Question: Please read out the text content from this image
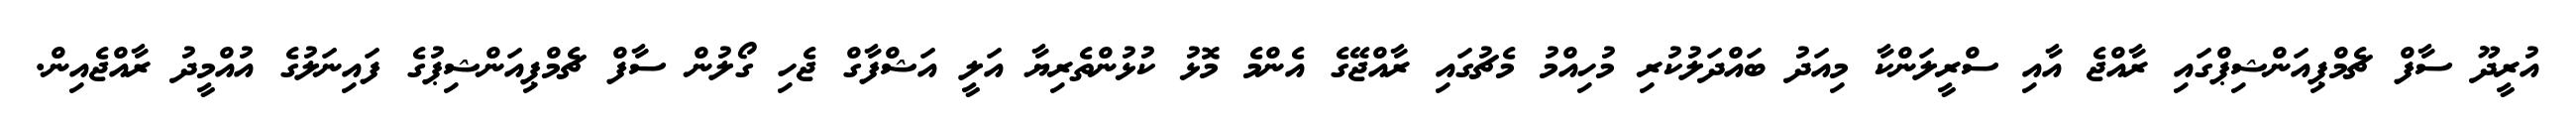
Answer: އުރީދޫ ސާފް ޗެމްޕިއަންޝިޕްގައި ރާއްޖެ އާއި ސްރީލަންކާ މިއަދު ބައްދަލުކުރި މުހިއްމު މެޗުގައި ރާއްޖޭގެ އެންމެ މޮޅު ކުޅުންތެރިޔާ އަލީ އަޝްފާގް ޖެހި ގޯލުން ސާފް ޗެމްޕިއަންޝިޕުގެ ފައިނަލުގެ އުއްމީދު ރާއްޖެއިން.